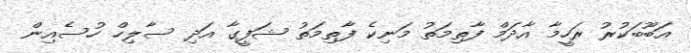
އަބޫބަކުރު ރަހީމާ އާދަމް ފާތިމަތު މަނިކެ ފާތިމަތު ޝަފީގާ އަދި ސާލިހް ހުސެއިން